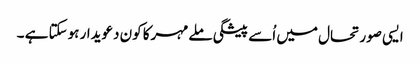
ایسی صورتحال میں اُسے پیشگی ملےمہرکا کون دعویدار ہوسکتا ہے ۔